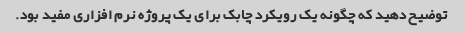
توضیح دهید که چگونه یک رویکرد چابک برای یک پروژه نرم افزاری مفید بود.